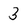
Character: 3